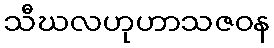
သီဃလဟုဟာသဇဝန